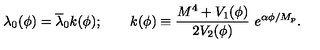
\lambda _ { 0 } ( \phi ) = \overline { { \lambda } } _ { 0 } k ( \phi ) ; \qquad k ( \phi ) \equiv \frac { M ^ { 4 } + V _ { 1 } ( \phi ) } { 2 V _ { 2 } ( \phi ) } \ e ^ { \alpha \phi / M _ { p } } .